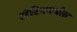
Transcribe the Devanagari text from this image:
लॅटिनमधील